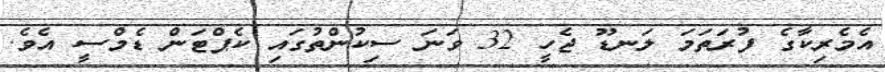
އެމެރިކާގެ ފުރަތަމަ ލަނޑޫ ޖެހީ 32 ވަނަ ސިކުންތުގައި ކެޕްޓަން ޑެމްސީ އެވެ.